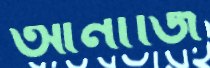
আনাজি